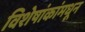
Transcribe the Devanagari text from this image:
विशेषांकांमधून